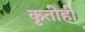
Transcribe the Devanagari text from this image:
कृतीही